Scottish Leaving Certificate Examination, 1953
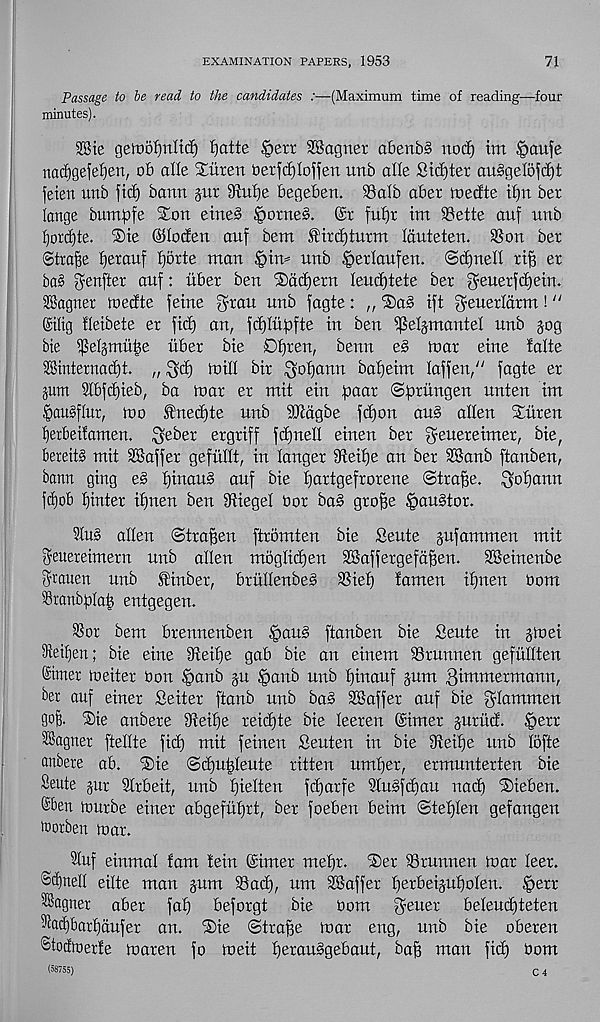
EXAMINATION PAPERS, 1953
71
Passage to he read to the candidates :—(Maximum time of reading—four
minutes).
28te getDofjnltcf) Ijatte £>ert 28agnet abenbS nod) tm ^aufe
nad^gefefien, 06 alle Xitten Oerfdjloften nnb alle Sid)tet au§ge(o^d)t
feien unb fid) bann ^ur ^nt)e begeben. 93alb ober loedte if)n ber
(ange bumpfe Sion eine§ §otne§. @r fu£)t im SBette anf nnb
fjordjte. ®ie ©loden anf bent ®ird)tntm Iduteten. SSon bet
©traffe fjetauf Ijotte man §irn unb £>erlaufen. ©djnell riff er
ba3 genftet anf: iibet ben ®dd)ern leudjtete ber ^euetfc^ein.
SBagnet loedte feme ^rau unb fagte: ,, SSa§ ift ^euetldtm! “
gtlig lletbete er fid) an, fdjliifofte in ben IfMjmantel unb jog
bie ifJeljmuije iiber bie D£)ren, benn e§ mar eine fade
S55internad)t. „ ^d) mill bit ^ofjann baf)eim laffen/' fagte er
jum 9lbfd)ieb, ba toar er mit ein ftaar ©ftrungen unten im
fkidflur, mo dned)te unb 9Mgbe fd)on au§ alien Slilren
Iierbeitamen. $eber ergriff fd^nell einen ber geuereimer, bie,
bereid mit Staffer gefullt, in langer 9teit)e an ber SBanb ftanben,
bann ging e§ t)inau§ auf bie tjartgefrorene ©traffe. ^ofjann
fd)ob Winter itjnen ben 3tiegel bor ba§ gro^e ipauStor.
5Iu§ alien ©traBen ftromten bie Seute jufammert mit
^euereimern unb alien moglidjen SSaffergefdBen.
SSeinenbe
mtuen unb SHrtber, brullenbes SSiel) lamen iljnett bom
Sranb^IaB entgegen.
SSor bem brennenben .'pang ftanben bie Seute in jtoei
iReifjen; bie eine dteifie gab bie an einem Stunnen geftillten
©inter toeiter Oon §anb ju §anb unb fjinauf jum ^ibtmermann,
ber auf einet Seiter ftanb unb bab SIS offer auf bie glammen
gofe. Slie anbere 9teif)e reii^te bie leeren ©inter jutud. §err
Vagner ftellte fid) mit feinen Seuten in bie 9xeif)e unb lofte
anbere ab. Site ©diubleute ritten umljer, ermunterten bie
Seute jur SCrbeit, unb fiielten fdjarfe Slubfcbau nad) Slieben.
©ben tourbe einer abgeful)rt, ber foeben beim ©tet)Ien gefangen
trorben toar.
5Iuf einmal fam tein ©inter metjr. Sler SBrunnen toar leer.
ScI)neII eilte man jum SB ad), um Staffer I)erbeijuf)oIen. §err
^agner aber fal) beforgt bie
bom fetter beleudjteten
•'iecf)6arf)dufer an. Slie ©traBe mar eng, unb bie oberen
©tocftoerte maren fo meit t)erau§gebaut, baB man fid) bom
(58755)
C 4